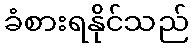
ခံစားရနိုင်သည်